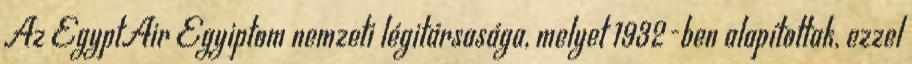
Az EgyptAir Egyiptom nemzeti légitársasága, melyet 1932-ben alapítottak, ezzel